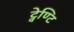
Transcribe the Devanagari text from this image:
ट्वेण्टि